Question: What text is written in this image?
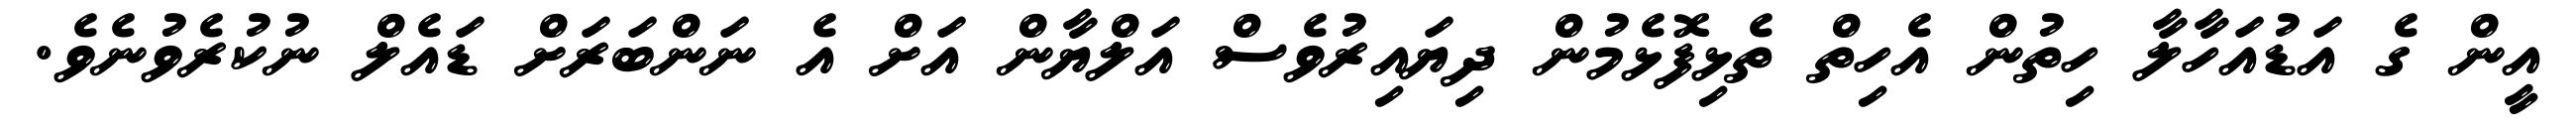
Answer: އީން ގެ އަޑުއަހާލާ ހިތުން އެހިތް ތެޅިފޮޅެމުން ދިޔައިރުވެސް އަލްޔާން އަށް އެ ނަންބަރަށް ޑައެލް ނުކުރެވުނެވެ.